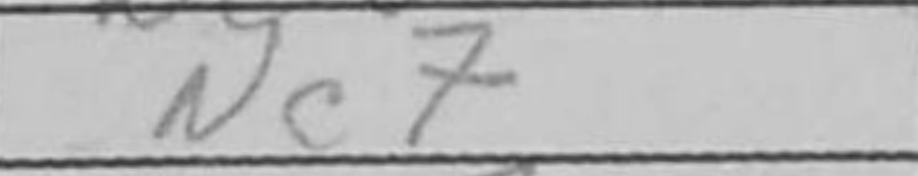
Transcription: Nc7